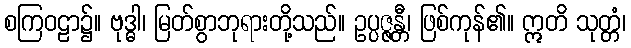
စကြဝဠာ၌။ ဗုဒ္ဓါ၊ မြတ်စွာဘုရားတို့သည်။ ဥပ္ပဇ္ဇန္တီ၊ ဖြစ်ကုန်၏။ ဣတိ သုတ္တံ၊